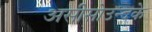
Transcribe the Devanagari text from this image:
असीसोउन्दके